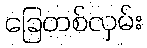
ခြေတစ်လှမ်း